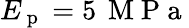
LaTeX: E_{\mathrm{~p~}}=5\, \mathrm{~M~P~a~}